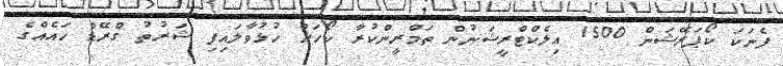
ފެނަކަ ކޯޕަރޭޝަން 1500 އިލެކްޓްރީޝަނުން ތަމްރީންކުރާ ކޯހަށް ހުޅުވާލައިފި ޝަރުތު ގްރޭޑް ހައެއްގެ